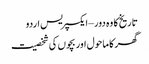
تاریخ کا وہ دور – ایکسپریس اردو
گھر کا ماحول اور بچوں کی شخصیت